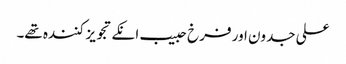
علی جدون اور فرخ حبیب انکے تجویز کنندہ تھے۔